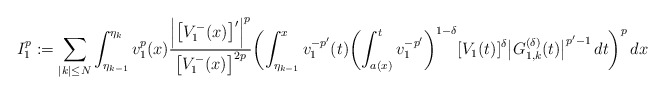
\begin{align*}I_1^p:=\sum_{|k|\le N}\int_{\eta_{k-1}}^{\eta_k} v_1^{p}(x)\frac{\Bigl|\bigl[V_1^-(x)\bigr]'\Bigr|^p}{\bigl[V_1^-(x)\bigr]^{2p}} \biggl(\int_{\eta_{k-1}}^x v_1^{-p'}(t) \biggl(\int_{a(x)}^t v_1^{-p'}\biggr)^{1-\delta}[V_1(t)]^{\delta}\bigl|G^{(\delta)}_{1,k}(t)\bigr|^{p'-1}\,dt\biggr)^p\,dx\end{align*}